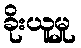
ခိုးယူမှု